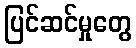
ပြင်ဆင်မှုတွေ